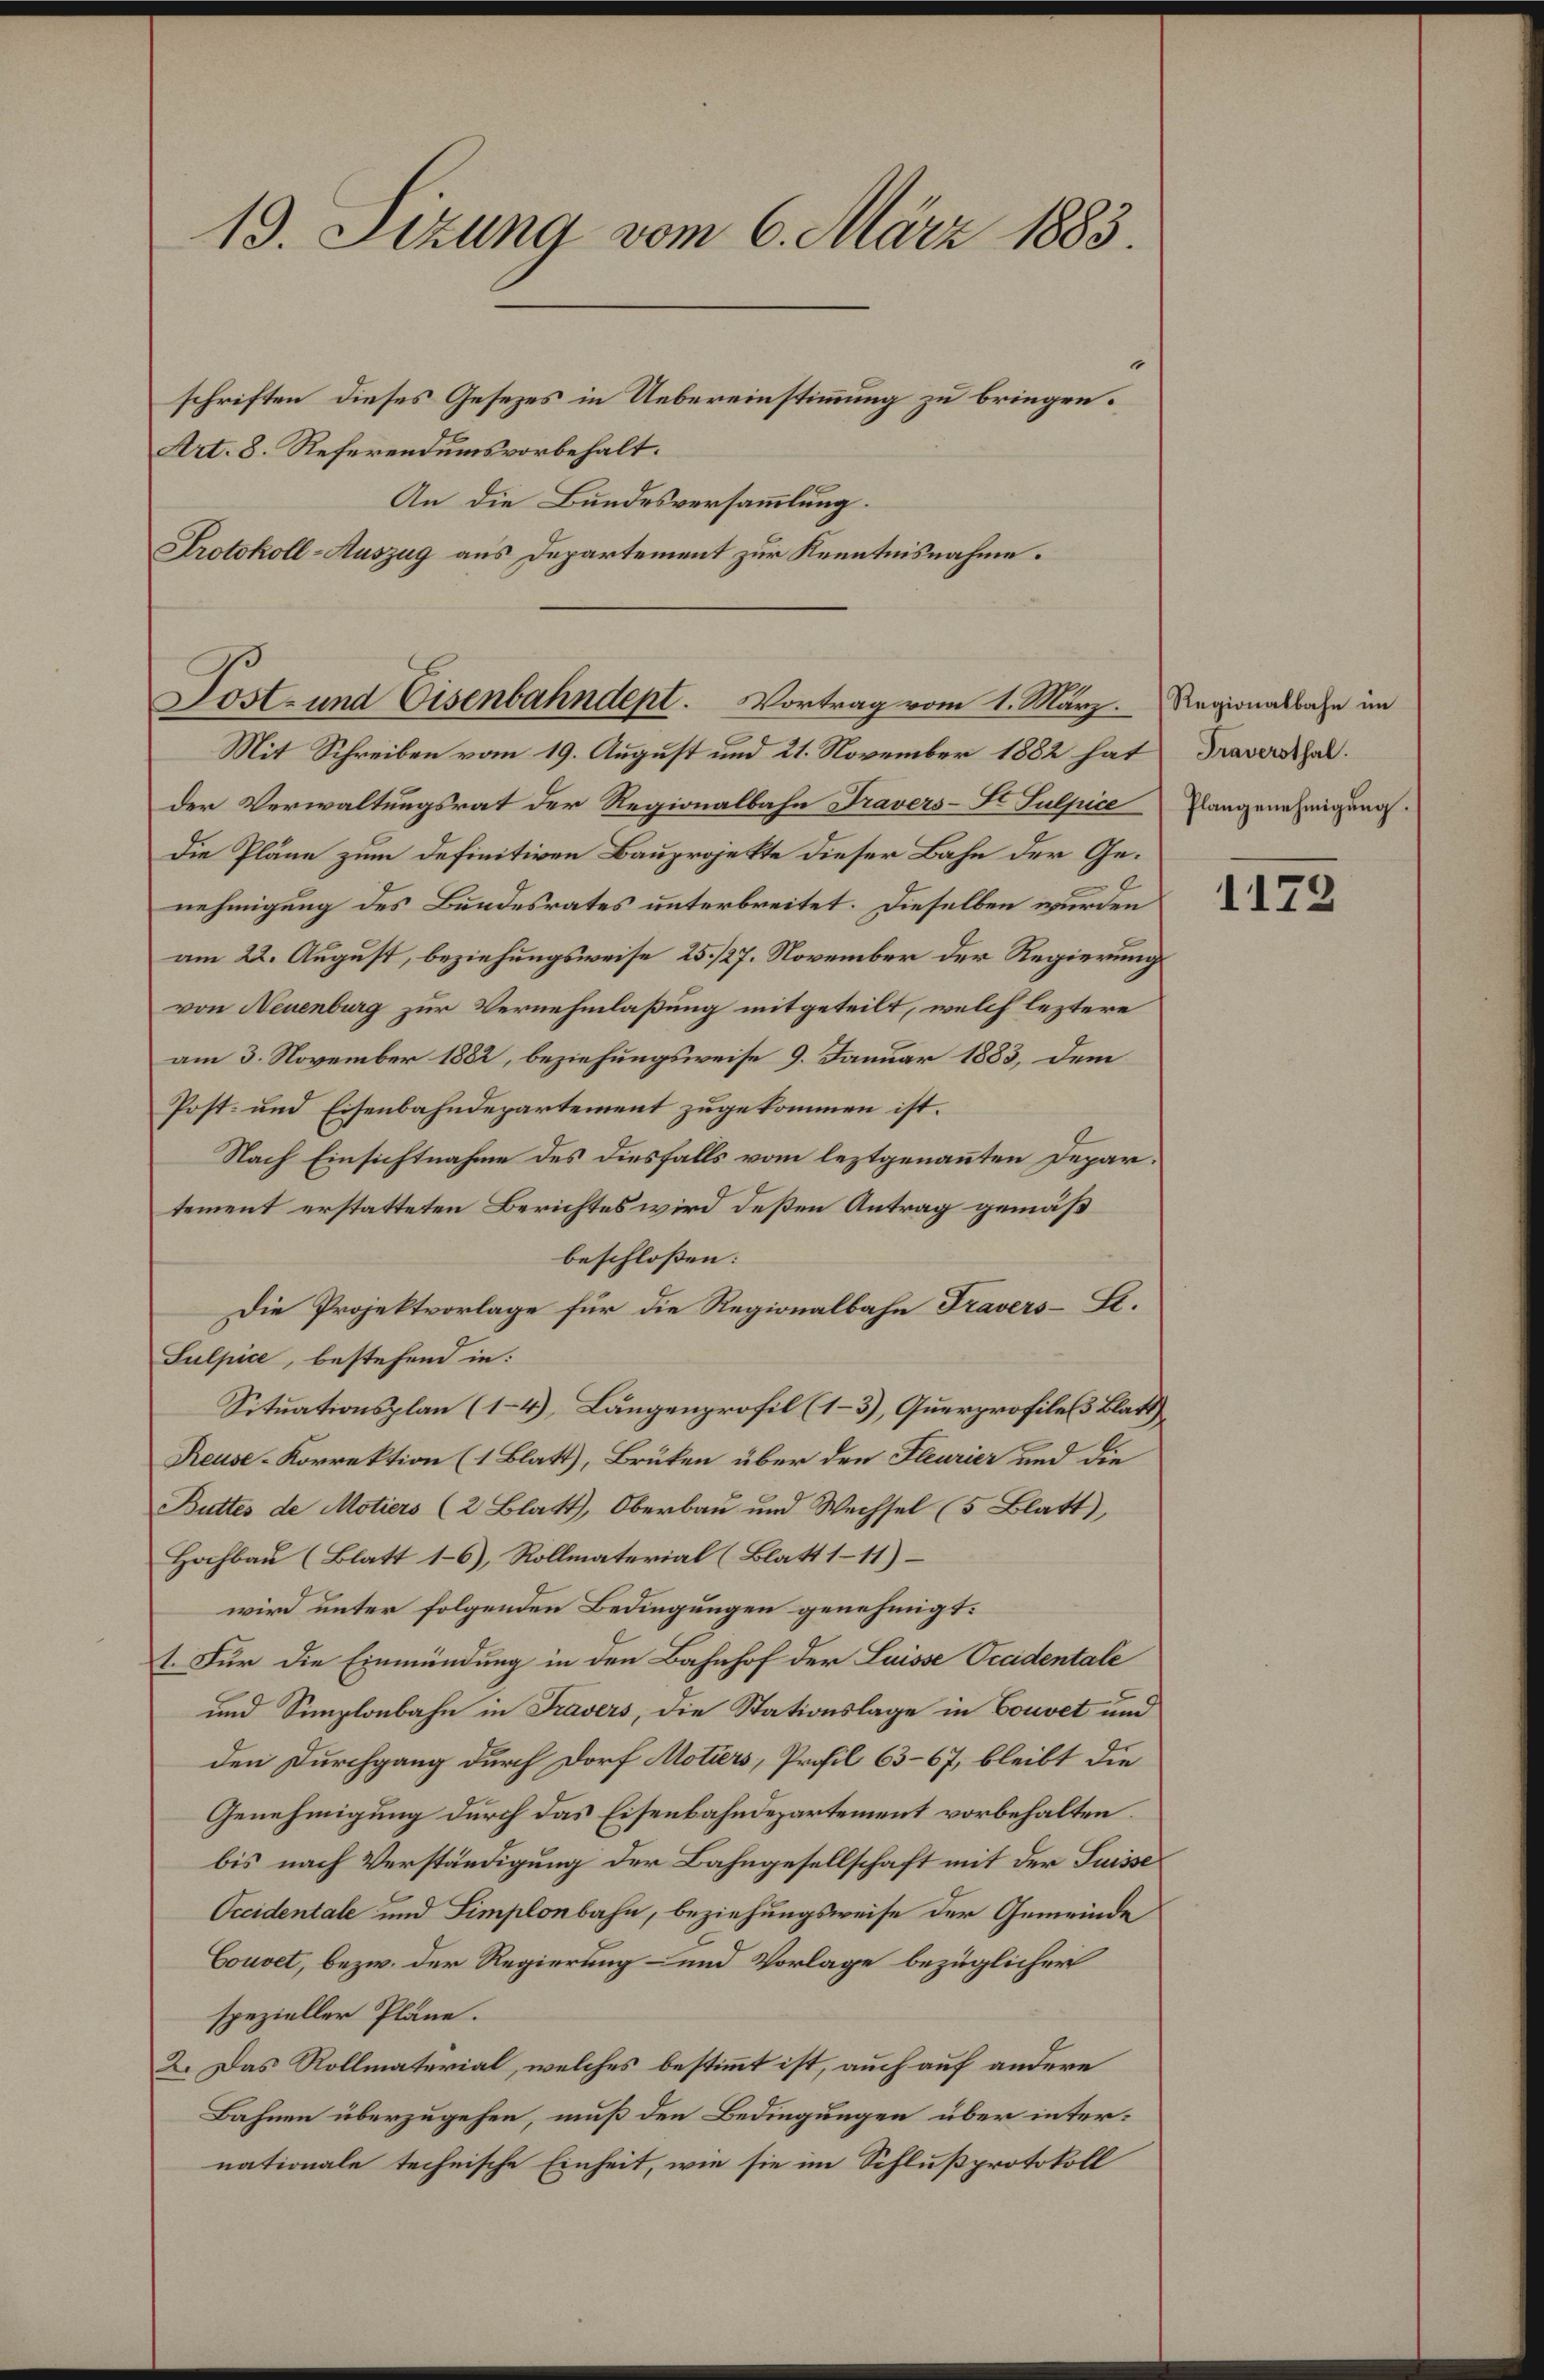
13. Sizung vom 6. März 1883.
schriften dieses Gesezes in Uebereinstimmung zu bringen.
Art. 8. Referendumsvorbehalt.

Lost- und Eisenbahndept. Vortrag vom 1. März. Regionalbahn im

An die Bundesversammlung.
Protokoll-Auszug aus Departement zur Kenntnisnahme.

Mit Schreiben vom 19. August und 21. November 1882 hat
der Verwaltungsrat der Regionalbahn Fravers-St Sulpice Plangenehmigung
Die Pläne zum Definitiven Bauprojekte dieser Bahn der Genehmigung des Bundesrates unterbreitet. Dieselben wurden
am 22. August, beziehungsweise 25/27. November der Regierungs
von Neuenburg zur Vernehmlaßung mitgeteilt, welch leztere
am 3. November 1882, beziehungsweise 9. Januar 1883, dem
Post- und Eisenbahndepartement zugekommen ist.
Nach Einsichtnahme des diesfalls vom leztgenannten Departement erstatteten Berichtes wird deßen Antrag gemäß
beschlossen:
Die Projektvorlage für die Regionalbahn Travers-Le.
Sulpice, bestehend in:
Situationsplan (14), Langenprofil (1–3), Querprofiles Blatt)
Reuse-Korrektion (1 Blatt), Brüken über den Fleurier und die
Buttes de Motiers (2 Blatt), Oberbau und Wechsel (5 Blatt),
Hochbau (Blatt 16), Rollmaterial (Blatt 1-11)
wird unter folgenden Bedingungen genehmigt.
1. Für die Einmündung in den Bahnhof der Luisse Occidentale
und Simplonbahn in Travers, die Stationslage in Gouvet und
den Durchgang durch Dorf Motiers, Profil 63–67, bleibt die
Genehmigung durch das Eisenbahndepartement vorbehalten.
bis nach Verständigung der Bahngesellschaft mit der Suisse
Occidentale und Simplonbahn, beziehungsweise der Gemeinde
Couvet, bezw. der Regierung und Vorlage bezüglicher
spezieller Pläne.
2. Das Rollmaterial, welches bestimmt ist, auch auf andere
Bahnen überzugehen, muß den Bedingungen über internationale technische Einheit, wie sie im Schlußprotokoll

Traversthal.

1172